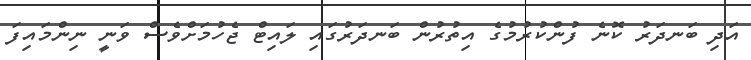
އަދި ބަނދަރު ކޮނެ ފުންކުުރުމުގެ އިތުރުން ބަނދަރުގައި ލައިޓް ޖެހުމަށްވެސް ވަނީ ނިންމައިފަ